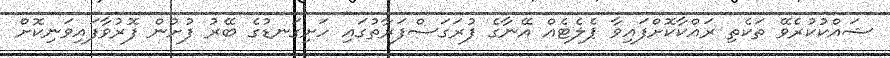
ޝައްކުކުރެވޭ ތަކެތި ރައްކާކޮށްފައިވާ ޕެލެޓެއް އޭނާގެ ފުރަގަސްފަރާތުގައި ހަށިގަނޑުގެ ބޭރު ފުށުން ފޮރުވާފައިވަނިކޮށް